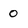
Character: o